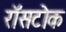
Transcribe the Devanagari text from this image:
रॉसटोक